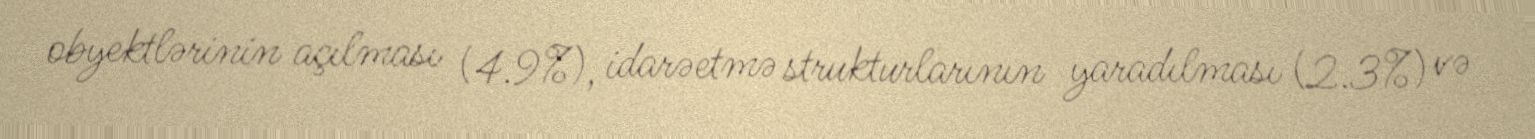
obyektlərinin açılması (4.9%), idarəetmə strukturlarının yaradılması (2.3%) və